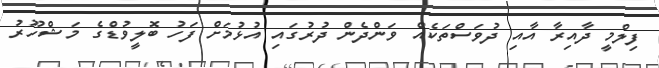
ފިލްމީ ދާއިރާ އާއި ދުވަސްތަކެއް ވަންދެން ދުރުގައި އުޅުމަށް ފަހު ބޮލީވުޑްގެ މަޝްހޫރު